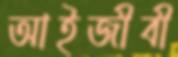
আইজীবী